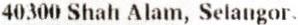
40300 SHAH ALAM, SELANGOR.